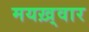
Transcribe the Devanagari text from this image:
मयख़्वार